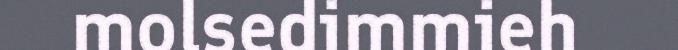
molsedimmieh